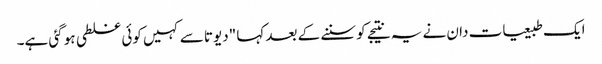
ایک طبیعیات دان نے یہ نتیجے کو سننے کے بعد کہا "دیوتا سے کہیں کوئی غلطی ہو گئی ہے۔